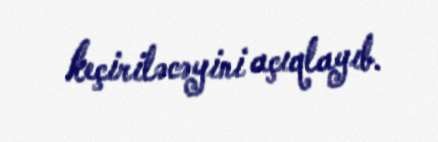
keçiriləcəyini açıqlayıb.